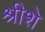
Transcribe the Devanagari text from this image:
श्रीशे